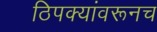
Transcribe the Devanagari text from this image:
ठिपक्यांवरूनच